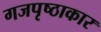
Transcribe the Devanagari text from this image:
गजपृष्ठाकार